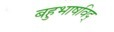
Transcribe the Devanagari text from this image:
बहुभाषविद्